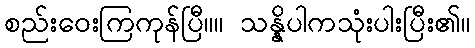
စည်းဝေးကြကုန်ပြီ။။ သန္နိပါကသုံးပါးပြီး၏။